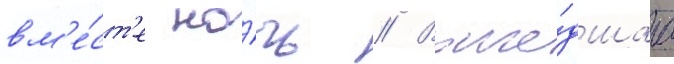
вм'е́ст'е но́чь // Воше́дшаа